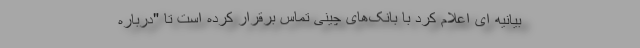
بیانیه ای اعلام کرد با بانک‌های چینی تماس برقرار کرده است تا "درباره